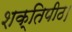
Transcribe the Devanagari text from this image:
शक्तिपीठ।